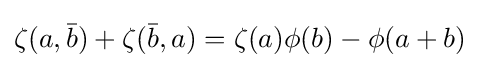
\zeta (a,{\bar {b}})+\zeta ({\bar {b}},a)=\zeta (a)\phi (b)-\phi (a+b)